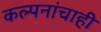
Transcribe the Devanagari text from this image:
कल्पनांचाही